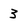
Character: 3